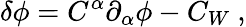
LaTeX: \delta\phi=C^{\alpha}{\partial}_{\alpha}\phi-C_{W}~,